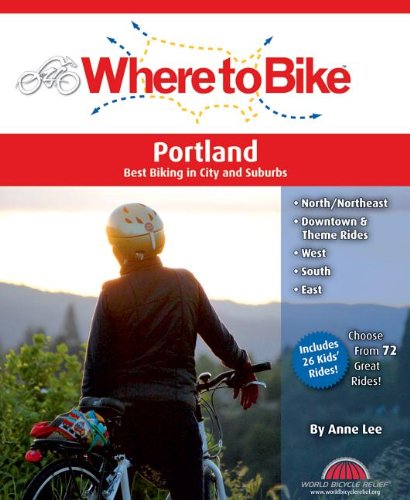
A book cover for Where to Bike Portland: Best Biking in City and Suburbs (Where to Bike (BA Press)); Anne Lee; Travel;